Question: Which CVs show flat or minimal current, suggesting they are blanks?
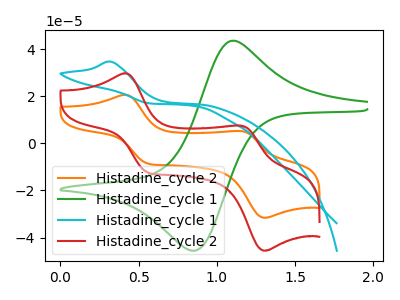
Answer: <think>The orange curve "Histadine_cycle 2" has anodic peaks at (0.40V, 20.60uA) (1.15V, 5.20uA) and cathodic peaks at (0.55V, -8.55uA) (1.30V, -31.60uA). The green curve "Histadine_cycle 1" has an anodic peak at (1.10V, 43.50uA) and a cathodic peak at (0.85V, -45.65uA). The cyan curve "Histadine_cycle 1" has an anodic peak at: (0.30V, 34.65uA). The red curve "Histadine_cycle 2" has anodic peaks at (0.40V, 29.70uA) (1.15V, 7.50uA) and cathodic peaks at (0.55V, -12.30uA) (1.30V, -45.60uA).</think>
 <answer>There are not any CV's on this graph that are likely to be blanks.</answer>
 <eval>none</eval>